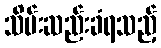
သိမ်းဆည်းခံရသည့်